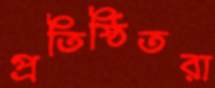
প্রতিষ্ঠিতরা